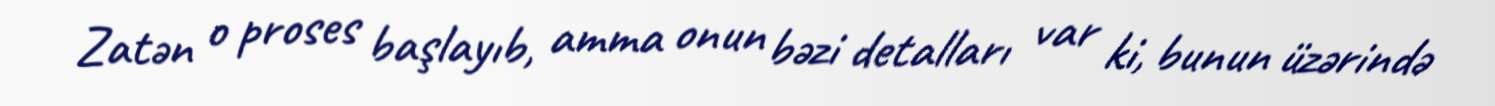
Zatən o proses başlayıb, amma onun bəzi detalları var ki, bunun üzərində